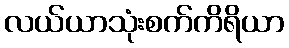
လယ်ယာသုံးစက်ကိရိယာ